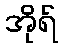
အိုရ်